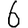
Digit: 6